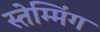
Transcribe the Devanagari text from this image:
स्तेम्मिंग